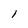
Character: l